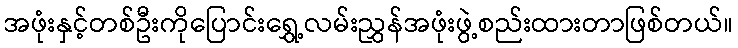
အဖုံးနှင့်တစ်ဦးကိုပြောင်းရွှေ့လမ်းညွှန်အဖုံးဖွဲ့စည်းထားတာဖြစ်တယ်။